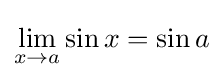
\lim _{x\to a}\sin x=\sin a